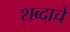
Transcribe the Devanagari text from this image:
शब्‍दाचे